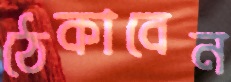
ঠেকাবেন